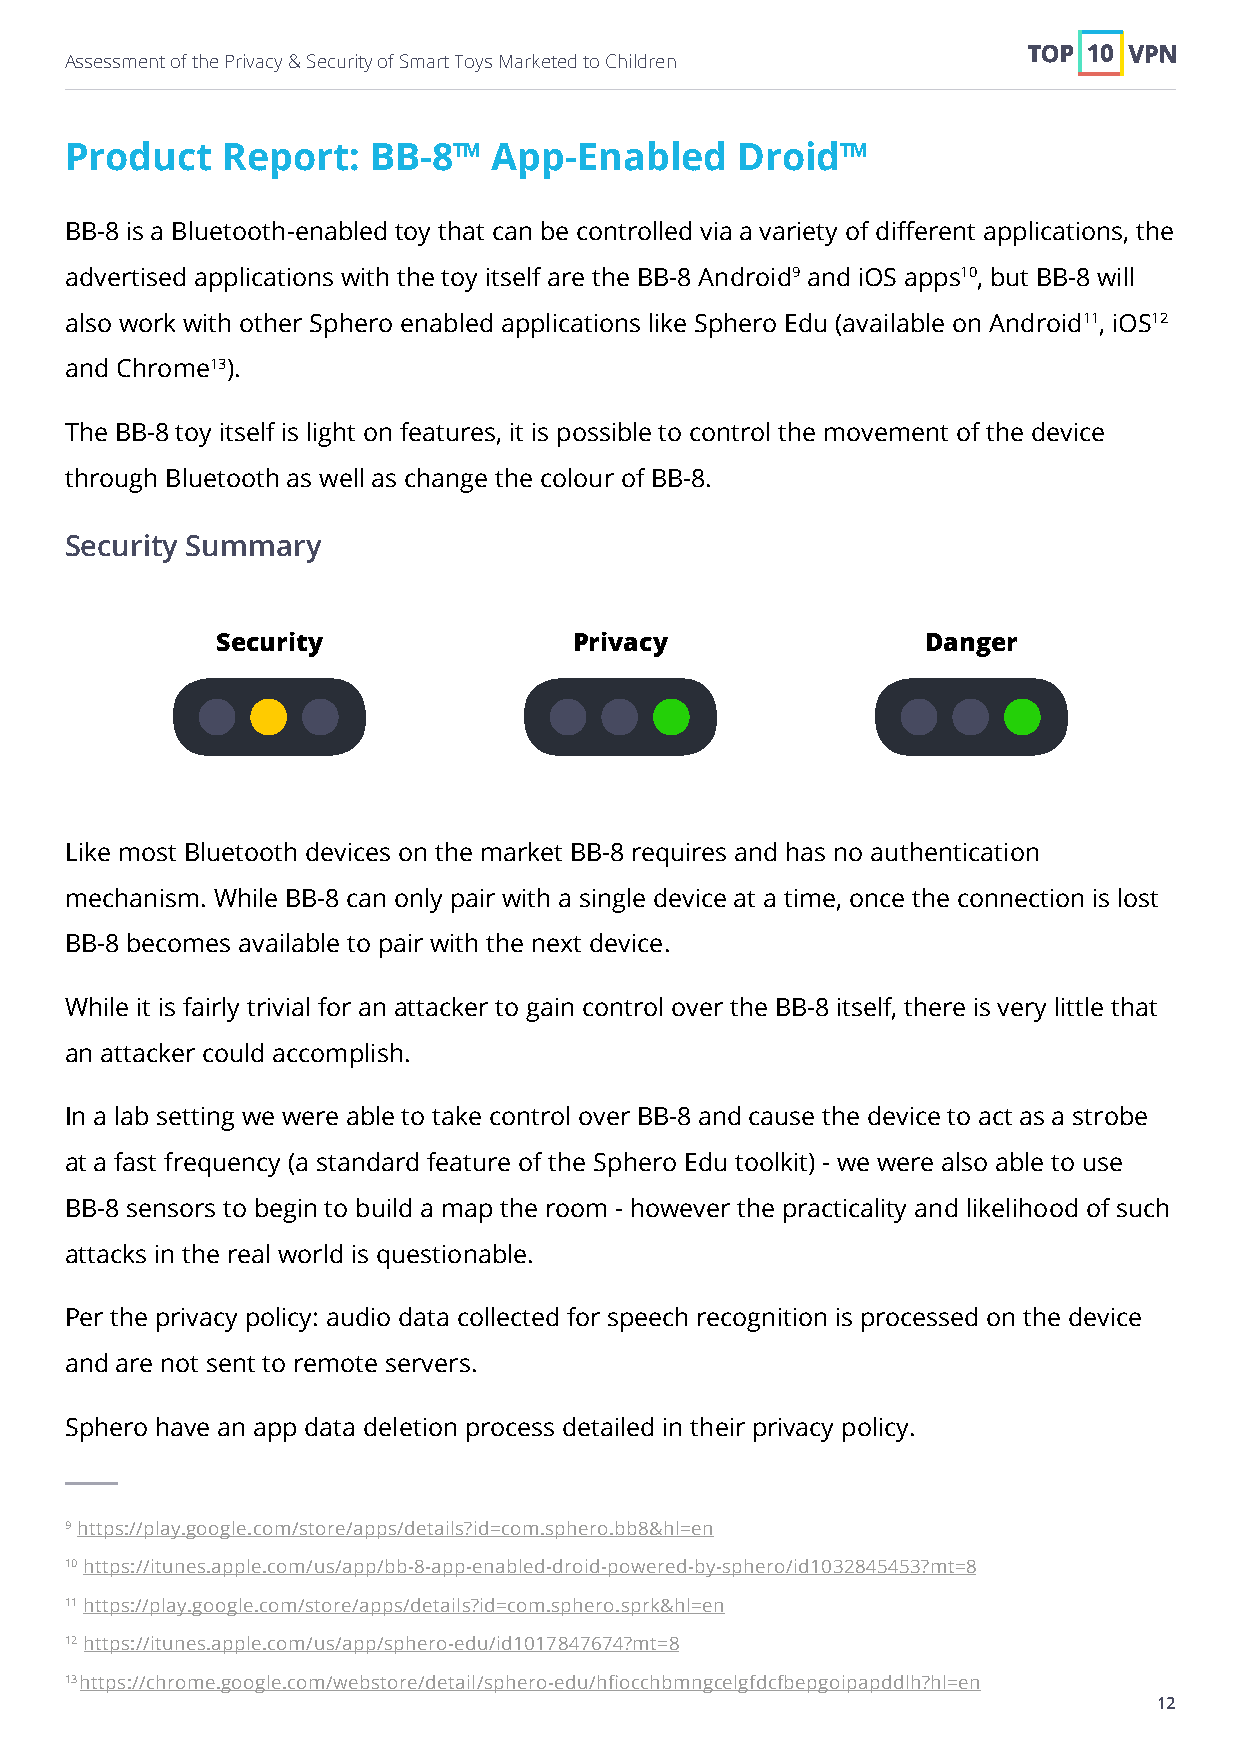
Assessment of the Privacy & Security of Smart Toys Marketed to Children
 Product    Report:  BB-8™    App-Enabled     Droid™
 BB-8 is a Bluetooth-enabled toy that can be controlled via a variety of different applications, the
 advertised applications with the toy itself are the BB-8 Android9 and iOS apps10, but BB-8 will
 also work with other Sphero enabled applications like Sphero Edu (available on Android11, iOS12
 and Chrome13).
 The BB-8 toy itself is light on features, it is possible to control the movement of the device
 through Bluetooth as well as change the colour of BB-8.
 Security Summary
 Security                Privacy                Danger
 Like most Bluetooth devices on the market BB-8 requires and has no authentication
 mechanism. While BB-8 can only pair with a single device at a time, once the connection is lost
 BB-8 becomes available to pair with the next device.
 While it is fairly trivial for an attacker to gain control over the BB-8 itself, there is very little that
 an attacker could accomplish.
 In a lab setting we were able to take control over BB-8 and cause the device to act as a strobe
 at a fast frequency (a standard feature of the Sphero Edu toolkit) - we were also able to use
 BB-8 sensors to begin to build a map the room - however the practicality and likelihood of such
 attacks in the real world is questionable.
 Per the privacy policy: audio data collected for speech recognition is processed on the device
 and are not sent to remote servers.
 Sphero have an app data deletion process detailed in their privacy policy.
 9 https://play.google.com/store/apps/details?id=com.sphero.bb8&hl=en
 10 https://itunes.apple.com/us/app/bb-8-app-enabled-droid-powered-by-sphero/id1032845453?mt=8
 11 https://play.google.com/store/apps/details?id=com.sphero.sprk&hl=en
 12 https://itunes.apple.com/us/app/sphero-edu/id1017847674?mt=8
 13 https://chrome.google.com/webstore/detail/sphero-edu/hfiocchbmngcelgfdcfbepgoipapddlh?hl=en
 12